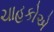
ચાહકોએ